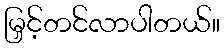
မြှင့်တင်လာပါတယ်။